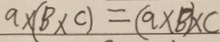
a \times ( B \times C ) = ( a \times b ) \times c